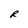
Character: R